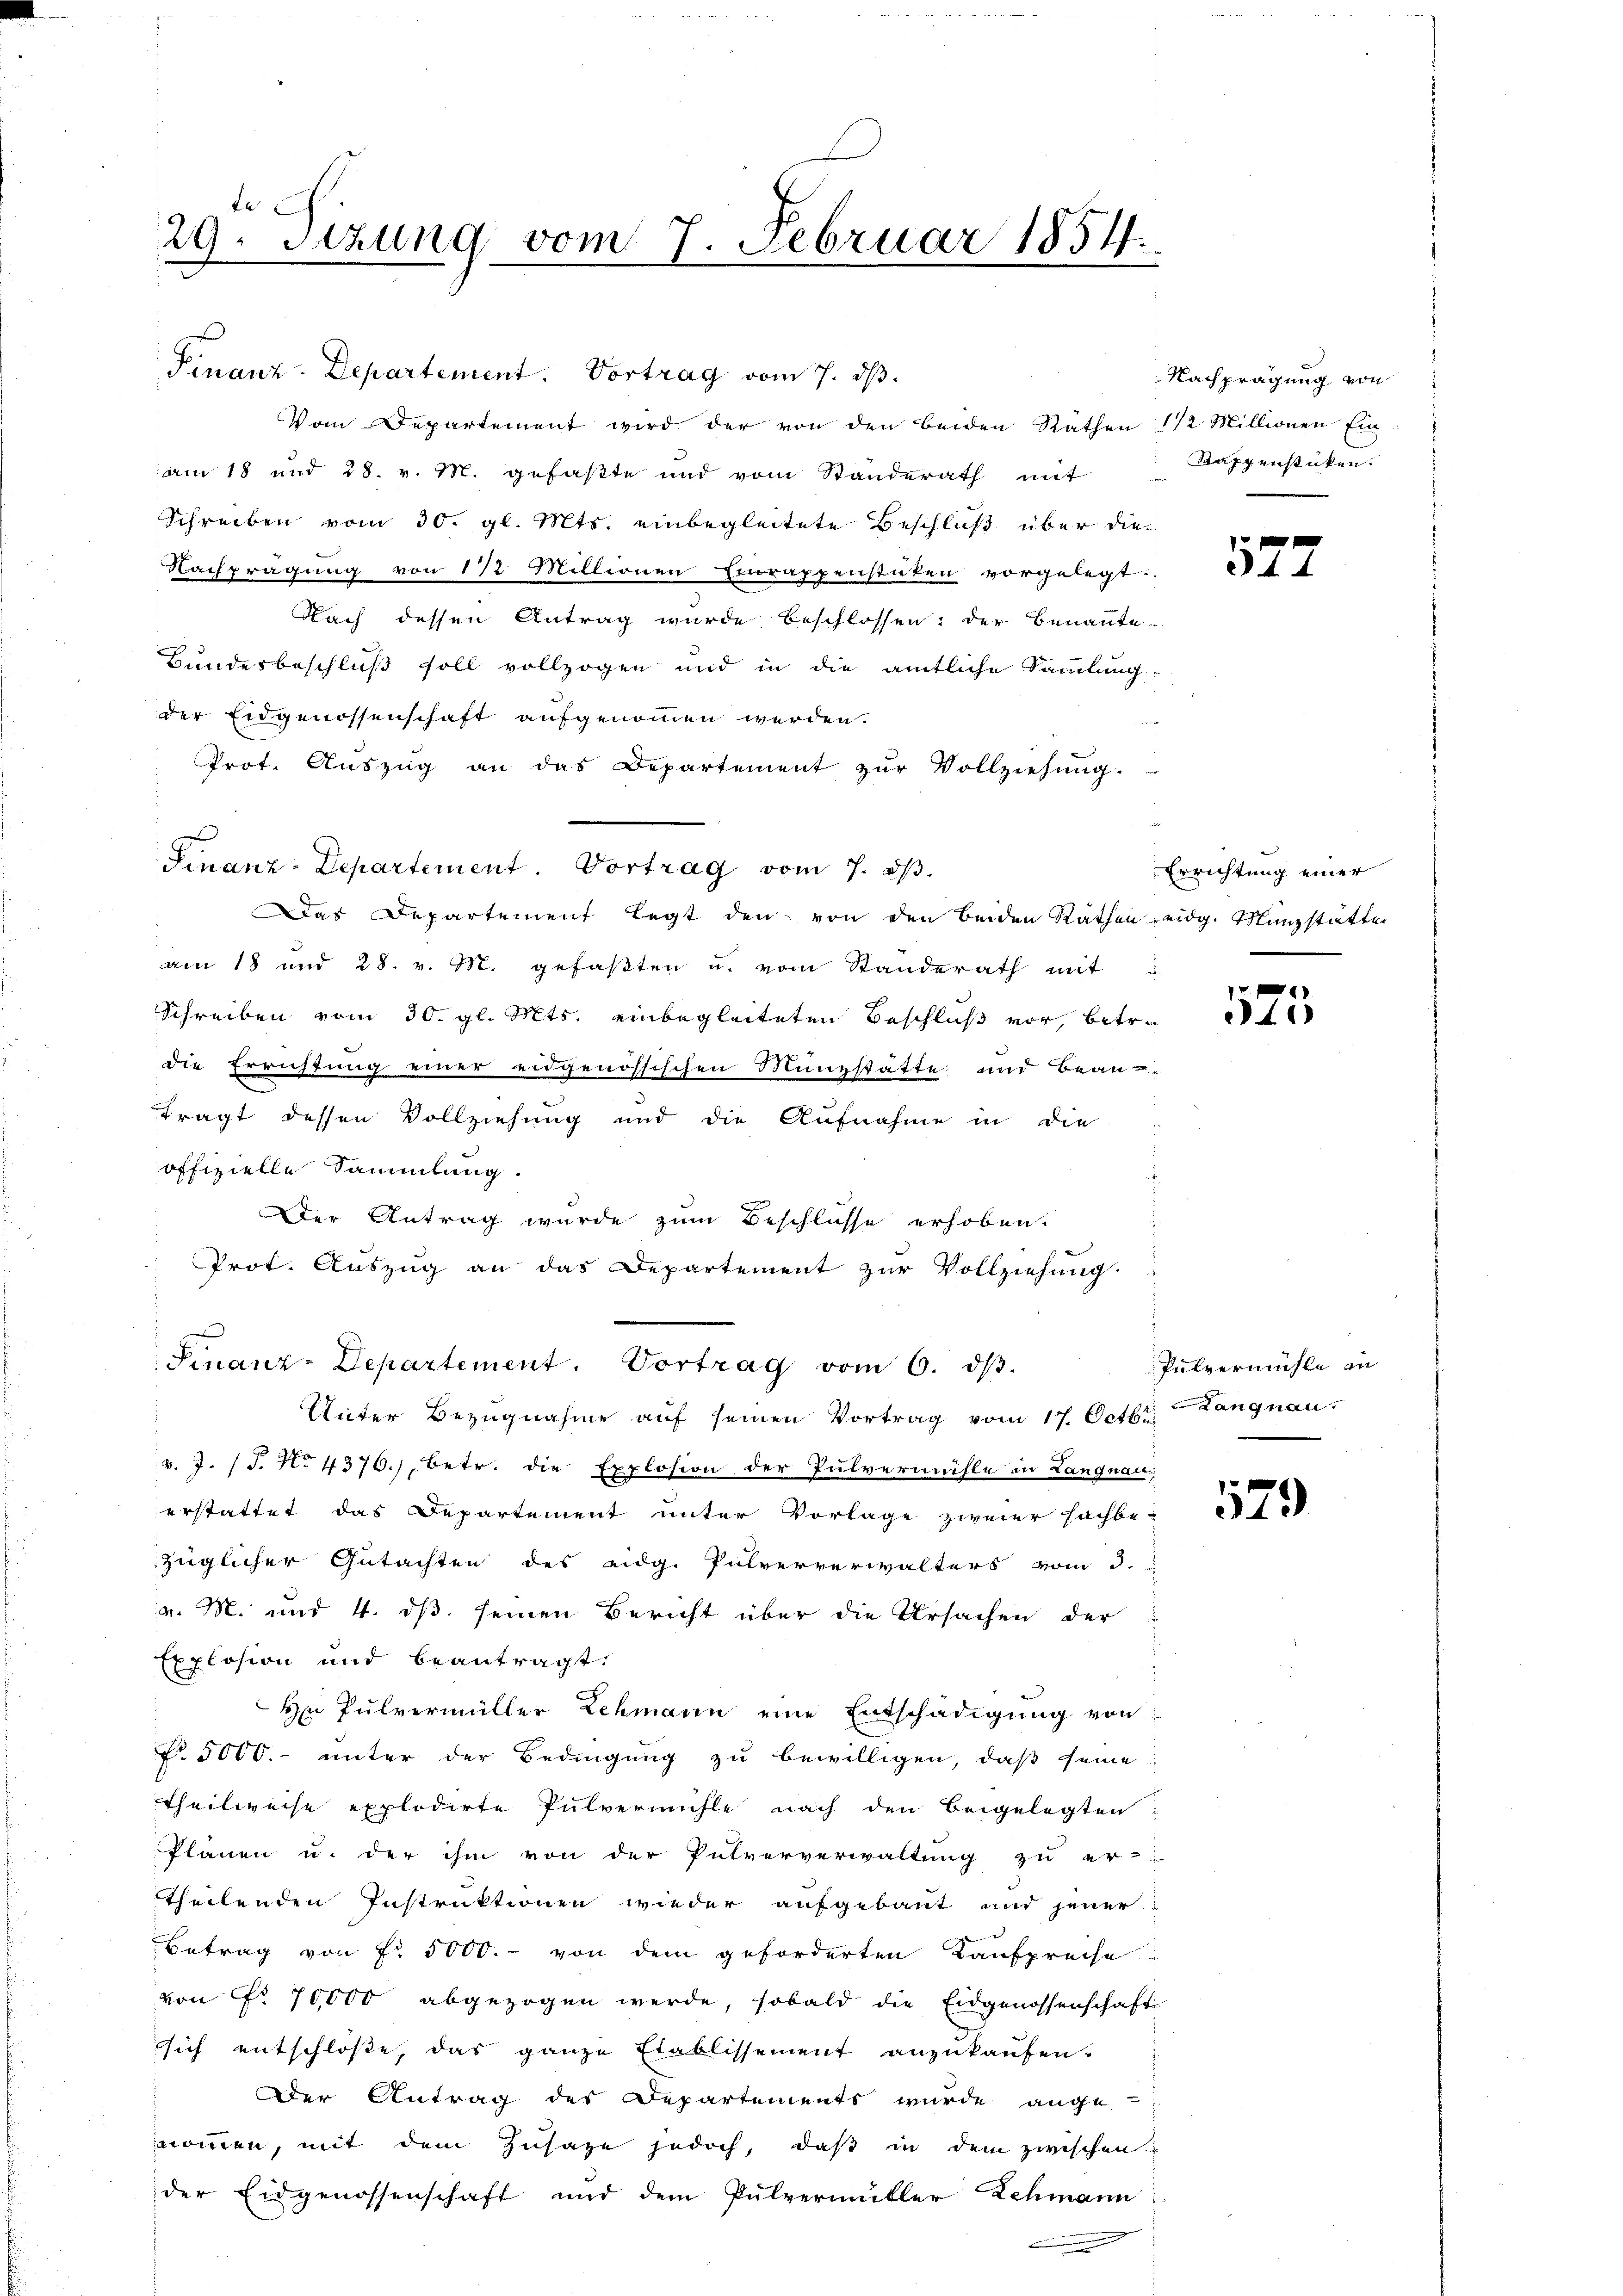
e
29. Sizung vom 7. Februar 1854.

Finanz-Departement. Vortrag vom 7. ds.
Vom Departement wird der von den beiden Räthen 1 1/2 Millionen Ein
am 18 und 28. v. M. gefaßte und vom Standerath mit
Schreiben vom 30. gl. Mts. einbegleitete Beschluß über die
Nachprägung von 1 1/2 Millionen Einrappenstäten vorgelegt:
Nach dessen Antrag wurde beschlossen: der Benannte.
Bundesbeschluß soll vollzogen und in die amtliche Sammlung-
der Eidgenossenschaft aufgenommen werden.
Prot. Aŭszŭg an das Departement zŭr Vollziehŭng.
Das Departement legt den von den beiden Rathen eidg. Münzstätten
am 18 und 28. v. M. gefaßten u. vom Standerath mit
Schreiben vom 30. gl. Mts. einbegleiteten Beschluß vor, betr.
die Errichtung einer eidgenössischen Münzstätte und Bean¬
Frägt dessen Vollziehung und die Aufnahme in die
offizielle Sammlung.
Der Antrag wurde zum Beschlüsse erhoben.
Prot. Auszug an das Departement zur Vollziehung.
Finanz-Departement. Vortrag vom 6. dβ.
Unter Bezugnahme aŭf seinen Vortrag vom 17. Octbr. Langnau,
v. J. J. No 4376.) Betr. die Explosion der Pulvermühle in Langnau
erstattet das Departement unter Vorlage zweier sachbe-
züglicher Gutachten des eidg. Pulververwalters vom 3.
v. M. und 4. ds seinen Bericht über die Ursachen der
Explosion und beantragt.
H Pulvermüller Lehmann eine Entschädigung von
No. 5000. unter der Bedingung zu bewilligen, daß seine
theilweise explodirte Pulvermühle nach den beigelegten
Planen u. der ihm von der Pulververwaltung zu er-
theilenden Instruktionen wieder aufgebaut und jener
Betrag von Fr. 5000.- von dem geforderten Kaufpreise
von Nr. 70,000 abgezogen werde, sobald die Eidgenossenschaft
sich entschlosse, das ganze Etablissement anzukaufen.
Der Antrag des Departements wurde ange-
nommen, mit dem Zusage jedoch, daß in dem zwischen
der Eidgenossenschaft und dem Pulvermutter Schmann

Finanz-Departement. Vortrag vom 7. d.

Nachprägung von
Rappenstücken.

4

Errichtung einer

4

Pulvermühle in

579